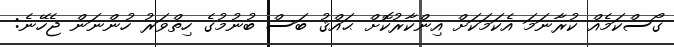
ގޯސްކަމެއް ކުރާނަމަ އެކަމަކަށް އިންކާރުކޮށް ޙައްޤު ބަސް ބުނުމުގެ ހިތްވަރު ހުންނަން ޖެހޭނެ: